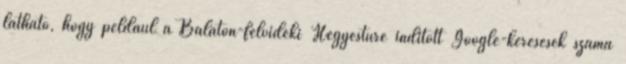
látható, hogy például a Balaton-felvidéki Hegyestűre indított Google-keresések száma